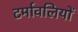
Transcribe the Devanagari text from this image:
टर्मावलियों